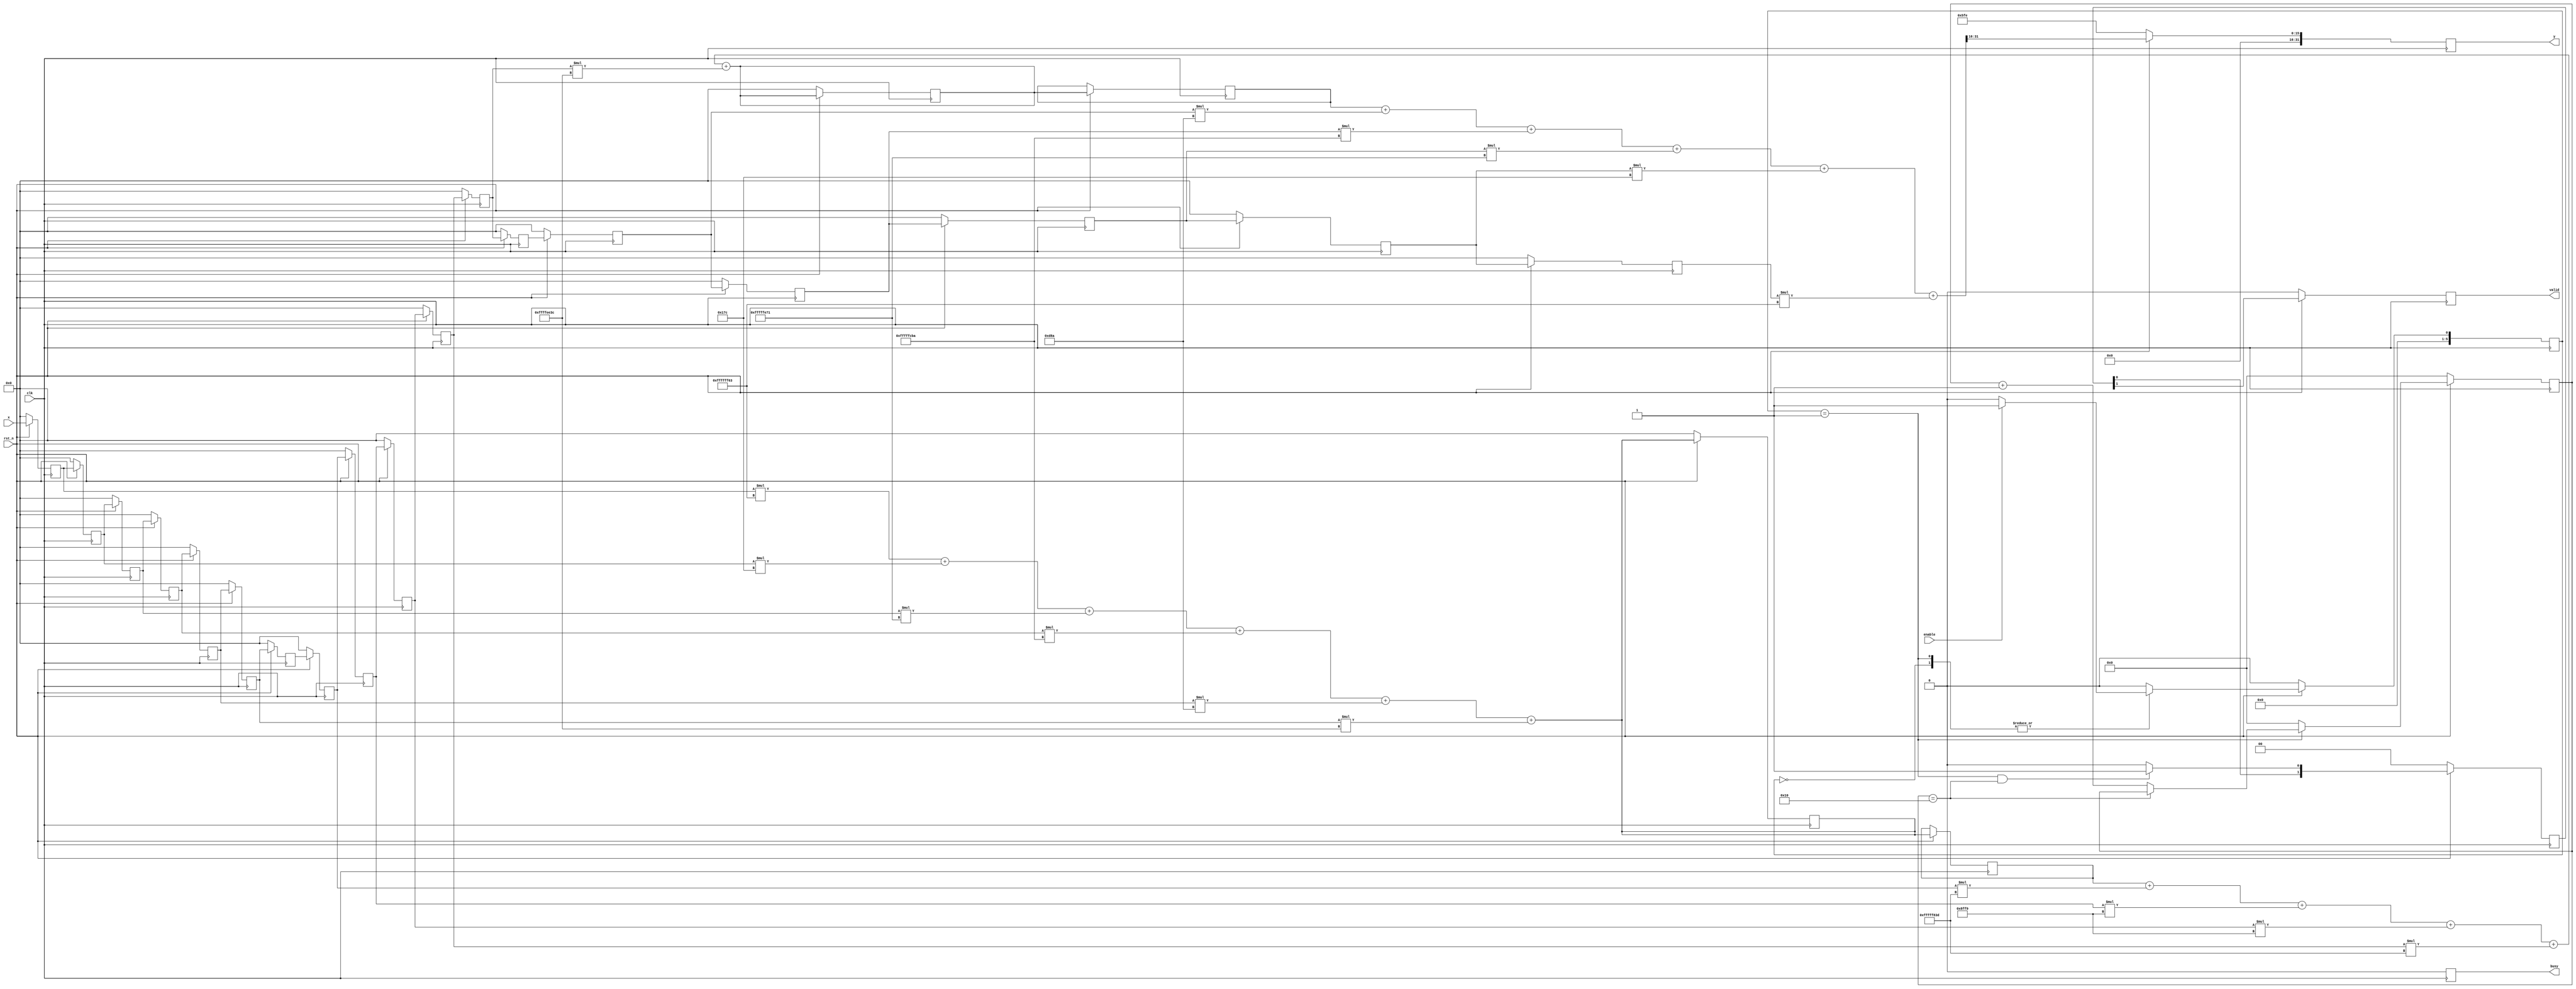
module fir1_pipe
#(parameter N=32)
(
input      clk,
input      rst_n,
input      enable,
input      [N-1:0]x,
output reg busy,
output reg valid,
output reg [N-1:0]y
);
localparam IDLE = 0,
           EVA  = 1;

// reg [N-1:0] y_n;

reg [5:0] state, state_n;
reg [5:0] cnt, cnt_n;
reg valid_n;
reg busy_n;

reg [1:0] valid_out;

integer i, j;



wire signed [32-1:0] num [0:15];
reg [N-1:0] x_val [0:15];
reg [N-1:0] x_val_temp1;
reg [N-1:0] x_val_temp2;

reg [N-1:0] y_n_temp1;
reg [N-1:0] y_n_temp2;
reg [N-1:0] y_n1;
reg [N-1:0] y_n2;
reg [N-1:0] y_n3;


assign num[0] = -32'd157;
assign num[1] = 32'd380;
assign num[2] = -32'd399;
assign num[3] = -32'd838;
assign num[4] = 32'd3466;
assign num[5] = -32'd4548;
assign num[6] = -32'd1987;
assign num[7] = 32'd36857;
assign num[8] = 32'd36857;
assign num[9] = -32'd1987;
assign num[10] = -32'd4548;
assign num[11] = 32'd3466;
assign num[12] = -32'd838;
assign num[13] = -32'd399;
assign num[14] = 32'd380;
assign num[15] = -32'd157;


// always @* begin
//   y_n = 0;
//   for (j = 0; j <= 15; j = j + 1) begin
//     y_n = y_n + (x_val[j] * num[j]);
//   end
// end
always@(posedge clk)
begin
  if(~rst_n)begin
    state <= IDLE;
    cnt   <= 0;
    valid <= 0;
    busy  <= 0;
    y     <= 1534;
    x_val_temp1 <= 0;
    x_val_temp2 <= 0;
    y_n1 <= 0;
    y_n2 <= 0;

    valid_out <= 0;

    for (i = 0; i < 16; i = i + 1) 
      x_val[i] <= 0;
  end
  else begin
    state <= state_n;
    cnt   <= cnt_n;
    // valid <= valid_n;
    busy  <= busy_n;

    y     <= (y_n3 >> 16);
    y_n_temp2 <= y_n2;
    y_n_temp1 <= y_n1;

    valid <= valid_out[1];
    valid_out <= {valid_out[0], valid_n};

    x_val[15] <= x_val[14];
    x_val[14] <= x_val[13];
    x_val[13] <= x_val[12];
    x_val[12] <= x_val[11];

    x_val[11] <= x_val_temp2;
    x_val_temp2 <= x_val[10];

    x_val[10] <= x_val[9];
    x_val[9] <= x_val[8];
    x_val[8] <= x_val[7];
    x_val[7] <= x_val[6];

    x_val[6] <= x_val_temp1;
    x_val_temp1 <= x_val[5];

    x_val[5] <= x_val[4];
    x_val[4] <= x_val[3];
    x_val[3] <= x_val[2];
    x_val[2] <= x_val[1];
    x_val[1] <= x_val[0];
    x_val[0] <= x;

  end
end

always @* begin
  y_n1 = x_val[0] * num[0] + x_val[1] * num[1] + x_val[2] * num[2] + x_val[3] * num[3] + x_val[4] * num[4] + x_val[5] * num[5];
  y_n2 = y_n_temp1 + x_val[6] * num[6] + x_val[7] * num[7] + x_val[8] * num[8] + x_val[9] * num[9] + x_val[10] * num[10];
  y_n3 = y_n_temp2 + x_val[11] * num[11] + x_val[12] * num[12] + x_val[13] * num[13] + x_val[14] * num[14] + x_val[15] * num[15];
end

always@*
begin
  case(state)
    IDLE : state_n = enable ? EVA : IDLE;
    EVA  : state_n = enable ? EVA : IDLE;
    default : state_n = IDLE;
  endcase
end

always@*
begin
  if(state == EVA)
    if(cnt == 16)
      cnt_n = cnt;
    else
      cnt_n = cnt + 1;
  else
    cnt_n = 0;
end

always@*
begin
  if((state == EVA) & (cnt == 16))
    valid_n = 1;
  else
    valid_n = 0;
end

always@*
begin
  if(state == EVA)
    busy_n = 0;
  else
    busy_n = 0;
end


endmodule